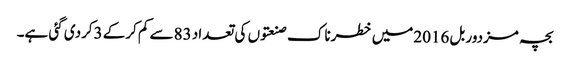
بچہ مزدور بل 2016میں خطرناک صنعتوں کی تعداد 83سے کم کرکے 3کردی گئی ہے۔